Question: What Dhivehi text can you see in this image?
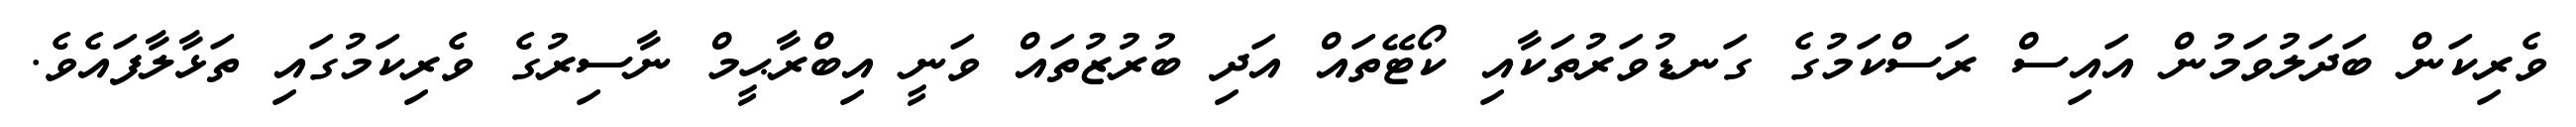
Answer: ވެރިކަން ބަދަލުވަމުން އައިސް ރަސްކަމުގެ ގަނޑުވަރުތަކާއި ކޯޓޭތައް އަދި ބުރުޒުތައް ވަނީ އިބްރާޙީމް ނާސިރުގެ ވެރިކަމުގައި ތަޅާލާފައެވެ.